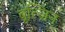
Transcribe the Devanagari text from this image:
बूत्ज़िन